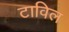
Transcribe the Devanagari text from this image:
टाविल